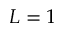
L = 1